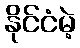
နိုင်ငံမဲ့